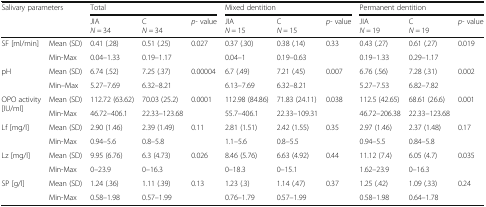
<table><thead><tr><td rowspan="2" colspan="2"><b>Salivary parameters</b></td><td colspan="3"><b>Total</b></td><td colspan="3"><b>Mixed dentition</b></td><td colspan="3"><b>Permanent dentition</b></td></tr><tr><td><b>JIA<i>N =</i> 34</b></td><td><b>C<i>N =</i> 34</b></td><td><b><i>p-</i> value</b></td><td><b>JIA<i>N =</i> 15</b></td><td><b>C<i>N =</i> 15</b></td><td><b><i>p-</i> value</b></td><td><b>JIA<i>N =</i> 19</b></td><td><b>C<i>N =</i> 19</b></td><td><b><i>p-</i> value</b></td></tr></thead><tbody><tr><td rowspan="2">SF [ml/min]</td><td>Mean (SD)</td><td>0.41 (.28)</td><td>0.51 (.25)</td><td rowspan="2">0.027</td><td>0.37 (.30)</td><td>0.38 (.14)</td><td rowspan="2">0.33</td><td>0.43 (.27)</td><td>0.61 (.27)</td><td rowspan="2">0.019</td></tr><tr><td>Min-Max</td><td>0.04–1.33</td><td>0.19–1.17</td><td>0.04–1</td><td>0.19–0.63</td><td>0.19–1.33</td><td>0.29–1.17</td></tr><tr><td rowspan="2">pH</td><td>Mean (SD)</td><td>6.74 (.52)</td><td>7.25 (.37)</td><td rowspan="2">0.00004</td><td>6.7 (.49)</td><td>7.21 (.45)</td><td rowspan="2">0.007</td><td>6.76 (.56)</td><td>7.28 (.31)</td><td rowspan="2">0.002</td></tr><tr><td>Min–Max</td><td>5.27–7.69</td><td>6.32–8.21</td><td>6.13–7.69</td><td>6.32–8.21</td><td>5.27–7.53</td><td>6.82–7.82</td></tr><tr><td rowspan="2">OPO activity [IU/ml]</td><td>Mean (SD)</td><td>112.72 (63.62)</td><td>70.03 (25.2)</td><td rowspan="2">0.0001</td><td>112.98 (84.86)</td><td>71.83 (24.11)</td><td rowspan="2">0.038</td><td>112.5 (42.65)</td><td>68.61 (26.6)</td><td rowspan="2">0.001</td></tr><tr><td>Min-Max</td><td>46.72–406.1</td><td>22.33–123.68</td><td>55.7–406.1</td><td>22.33–109.31</td><td>46.72–206.38</td><td>22.33–123.68</td></tr><tr><td rowspan="2">Lf [mg/l]</td><td>Mean (SD)</td><td>2.90 (1.46)</td><td>2.39 (1.49)</td><td rowspan="2">0.11</td><td>2.81 (1.51)</td><td>2.42 (1.55)</td><td rowspan="2">0.35</td><td>2.97 (1.46)</td><td>2.37 (1.48)</td><td rowspan="2">0.17</td></tr><tr><td>Min-Max</td><td>0.94–5.6</td><td>0.8–5.8</td><td>1.1–5.6</td><td>0.8–5.5</td><td>0.94–5.5</td><td>0.84–5.8</td></tr><tr><td rowspan="2">Lz [mg/l]</td><td>Mean (SD)</td><td>9.95 (6.76)</td><td>6.3 (4.73)</td><td rowspan="2">0.026</td><td>8.46 (5.76)</td><td>6.63 (4.92)</td><td rowspan="2">0.44</td><td>11.12 (7.4)</td><td>6.05 (4.7)</td><td rowspan="2">0.035</td></tr><tr><td>Min-Max</td><td>0–23.9</td><td>0–16.3</td><td>0–18.3</td><td>0–15.1</td><td>1.62–23.9</td><td>0–16.3</td></tr><tr><td rowspan="2">SP [g/l]</td><td>Mean (SD)</td><td>1.24 (.36)</td><td>1.11 (.39)</td><td rowspan="2">0.13</td><td>1.23 (.3)</td><td>1.14 (.47)</td><td rowspan="2">0.37</td><td>1.25 (.42)</td><td>1.09 (.33)</td><td rowspan="2">0.24</td></tr><tr><td>Min-Max</td><td>0.58–1.98</td><td>0.57–1.99</td><td>0.76–1.79</td><td>0.57–1.99</td><td>0.58–1.98</td><td>0.64–1.78</td></tr></tbody></table>